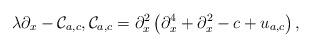
LaTeX: \begin{align*}\lambda\partial_x-\mathcal C_{a,c},\mathcal C_{a,c} = \partial_x^2\left(\partial_x^4+\partial_x^2-c+u_{a,c}\right),\end{align*}